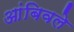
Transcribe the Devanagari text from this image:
आंबिवले